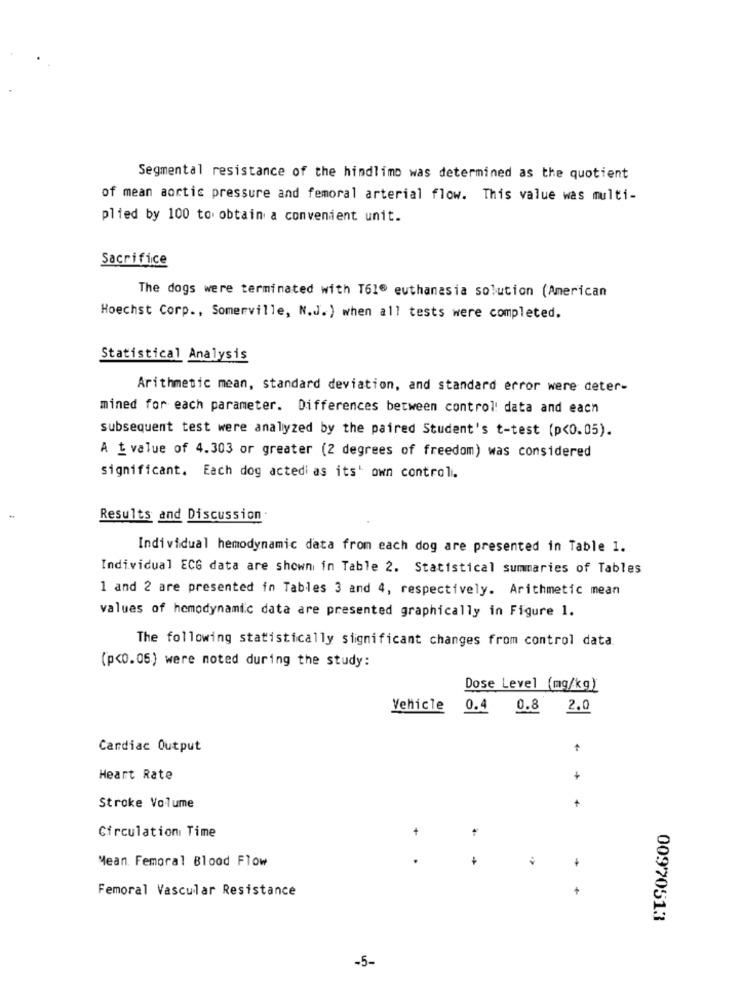
Segmental resistance of the hindlimo was determined as the quotient
of mean aortic pressure and femoral arterial flow. This value was multi-
plied by 100 to obtain a convenient unit.
Sacrifice
The dogs were terminated with T61® euthanasia solution (American
Hoechst Corp ., Somerville, N.J.) when all tests were completed.
Statistical Analysis
Arithmetic mean, standard deviation, and standard error were deter-
mined for each parameter. Differences between control' data and each
subsequent test were analyzed by the paired Student's t-test (p<0.05).
A L value of 4.303 or greater (2 degrees of freedom) was considered
significant. Each dog actedi as its' own control.
Results and Discussion.
Individual hemodynamic data from each dog are presented in Table 1.
Individual ECG data are shown in Table 2. Statistical summaries of Tables
1 and 2 are presented in Tables 3 and 4, respectively. Arithmetic mean
values of hemodynamic data are presented graphically in Figure 1.
The following statistically significant changes from control data
(p<0.05) were noted during the study:
Dose Level (mg/kg)
Vehicle
0.4 0.8 2.0
Cardiac Output
Heart Rate
+
Stroke Volume
Circulation Time
+
Mean Femoral Blood Flow
Femoral Vascular Resistance
00970513
-5-